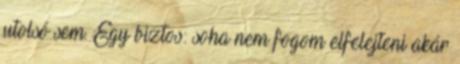
utolsó sem. Egy biztos: soha nem fogom elfelejteni akár